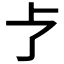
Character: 𪟽